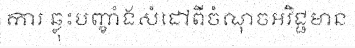
ការ ឆ្លុះបញ្ខាំងសំដៅពីចំណុចអវិជ្ជមាន